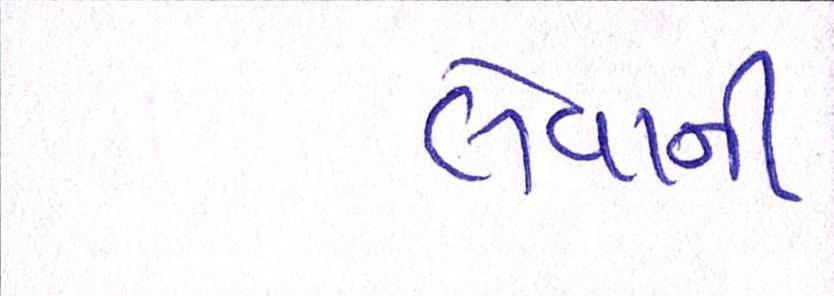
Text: લેવાની